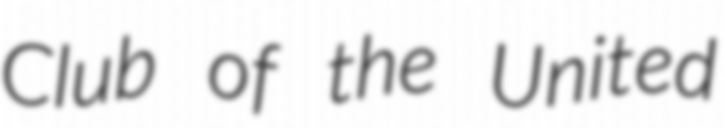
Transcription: Club of the United